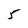
Character: 5